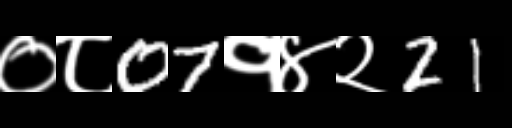
Text: ०८07१४२21